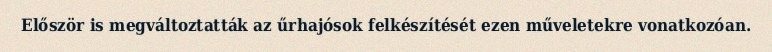
Először is megváltoztatták az űrhajósok felkészítését ezen műveletekre vonatkozóan.